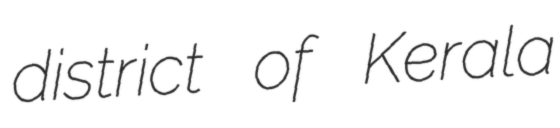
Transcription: district of Kerala